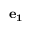
\mathbf { e _ { 1 } }